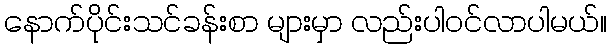
နောက်ပိုင်းသင်ခန်းစာ များမှာ လည်းပါဝင်လာပါမယ်။